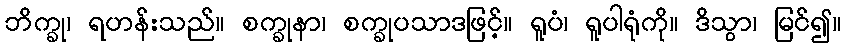
ဘိက္ခု၊ ရဟန်းသည်။ စက္ခုနာ၊ စက္ခုပသာဒဖြင့်။ ရူပံ၊ ရူပါရုံကို။ ဒိသွာ၊ မြင်၍။